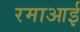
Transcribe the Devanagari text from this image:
रमाआई